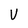
Character: V